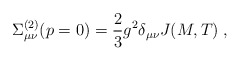
\begin{align*}\Sigma^{(2)}_{\mu\nu}(p=0) = \frac{2}{3}g^2\delta_{\mu\nu}J(M,T)\;,\end{align*}